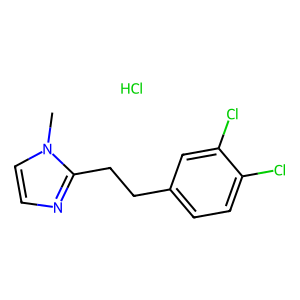
SMILES: Cl.Cn1ccnc1CCc1ccc(Cl)c(Cl)c1
Inhibits HIV replication: No